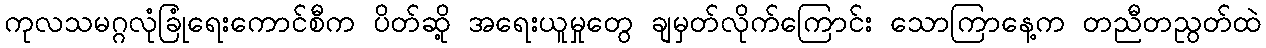
ကုလသမဂ္ဂလုံခြုံရေးကောင်စီက ပိတ်ဆို့ အရေးယူမှုတွေ ချမှတ်လိုက်ကြောင်း သောကြာနေ့က တညီတညွတ်ထဲ